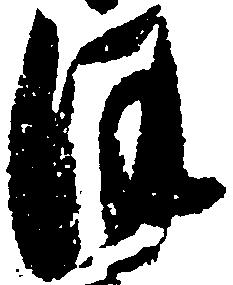
ほ